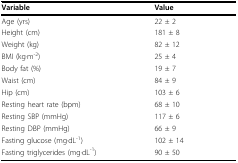
| Variable | Value |
 | --- | --- |
 | Age (yrs) | 22 ± 2 |
 | Height (cm) | 181 ± 8 |
 | Weight (kg) | 82 ± 12 |
 | BMI (kg·m-2) | 25 ± 4 |
 | Body fat (%) | 19 ± 7 |
 | Waist (cm) | 84 ± 9 |
 | Hip (cm) | 103 ± 6 |
 | Resting heart rate (bpm) | 68 ± 10 |
 | Resting SBP (mmHg) | 117 ± 6 |
 | Resting DBP (mmHg) | 66 ± 9 |
 | Fasting glucose (mg·dL-1) | 102 ± 14 |
 | Fasting triglycerides (mg·dL-1) | 90 ± 50 |